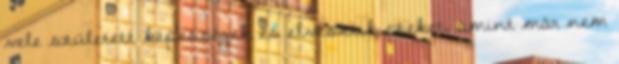
vele született képességek és elvesztik ezeket, amint már nem